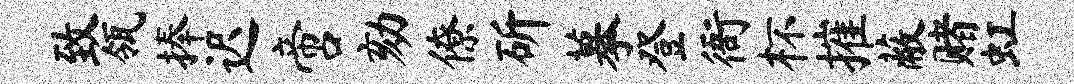
致瓴捧迟啻劾僚斫摹登衙杯摧蔽赌虹